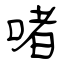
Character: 啫